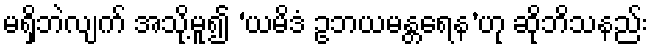
မရှိဘဲလျက် အသို့မူ၍ ‘ယမိဒံ ဥဘယမန္တရေန’ဟု ဆိုဘိသနည်း